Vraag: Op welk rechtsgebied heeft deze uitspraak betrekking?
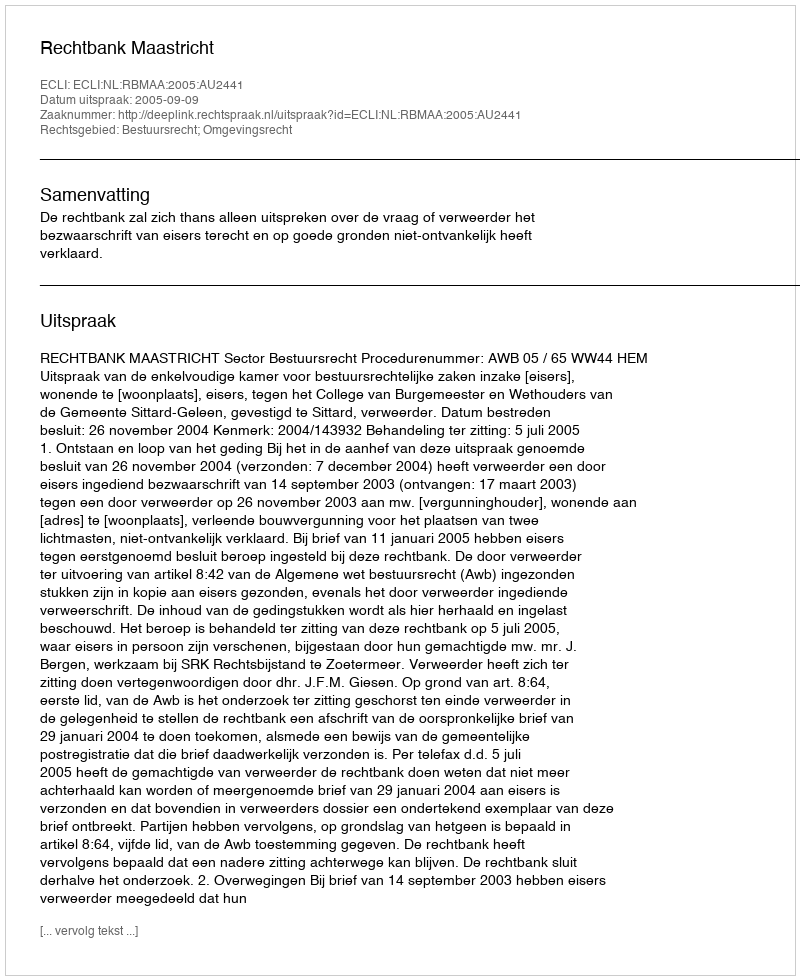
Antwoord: Bestuursrecht; Omgevingsrecht